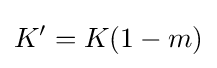
K'=K(1-m)